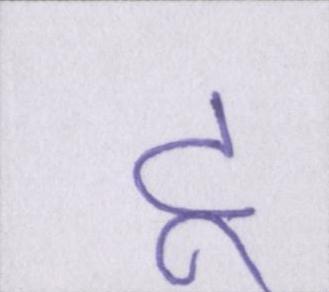
टू